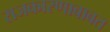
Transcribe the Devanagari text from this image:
राजकारणाबाबत